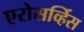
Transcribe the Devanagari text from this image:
एरोसर्व्हिस